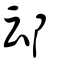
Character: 䢵